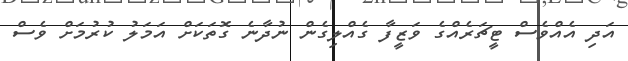
އަދި އެއްވެސް ޓީޗަރެއްގެ ވަޒީފާ ގެއްލިގެން ނުދާނެ ގޮތަކަށް އަމަލު ކުރުމަށް ވެސް